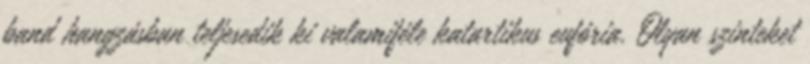
band hangzásban teljesedik ki valamiféle katartikus eufória. Olyan szinteket